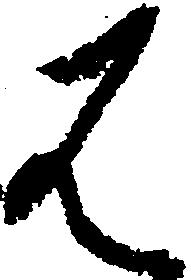
は